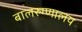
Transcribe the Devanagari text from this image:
बालरुग्णालय